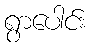
ရွာပေါင်း